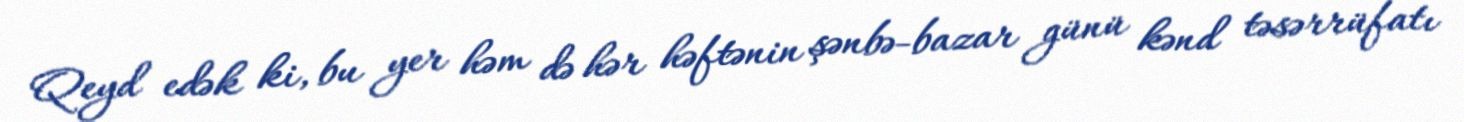
Qeyd edək ki, bu yer həm də hər həftənin şənbə-bazar günü kənd təsərrüfatı